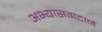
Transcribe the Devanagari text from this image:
अभ्यासगटाने